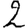
Digit: 2